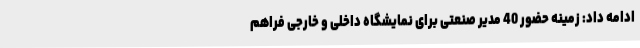
ادامه داد: زمینه حضور 40 مدیر صنعتی برای نمایشگاه داخلی و خارجی فراهم